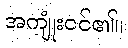
အကျုံးဝင်၏။